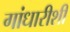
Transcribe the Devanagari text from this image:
गांधारीशी